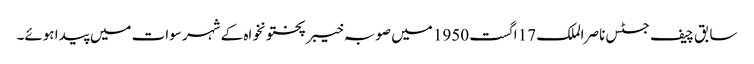
سابق چیف جسٹس ناصر الملک 17 اگست 1950 میں صوبہ خیبر پختونخواہ کے شہر سوات میں پیدا ہوئے۔